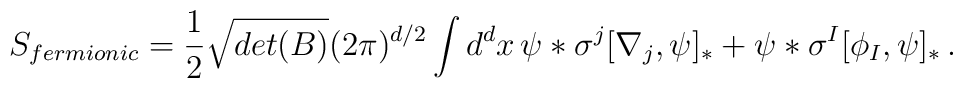
S_{fermionic} = \frac{1}{2} \sqrt{det(B)}(2\pi)^{d/2}\int d^{d}x\, \psi\ast \sigma^{j}[\nabla_{j}, \psi]_{\ast} + \psi \ast \sigma^{I}[\phi_{I}, \psi]_{\ast} \, .